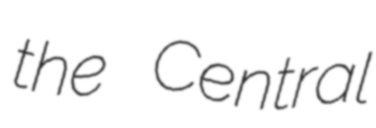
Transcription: the Central